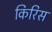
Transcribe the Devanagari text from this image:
किरिस